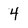
Character: 4